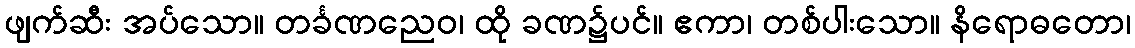
ဖျက်ဆီး အပ်သော။ တင်္ခဏညေဝ၊ ထို ခဏ၌ပင်။ ဧကာ၊ တစ်ပါးသော။ နိရောဓတော၊